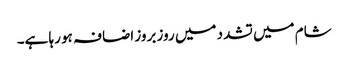
شام میں تشدد میں روز بروز اضافہ ہو رہا ہے۔